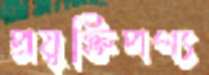
প্রযুক্তিপণ্য